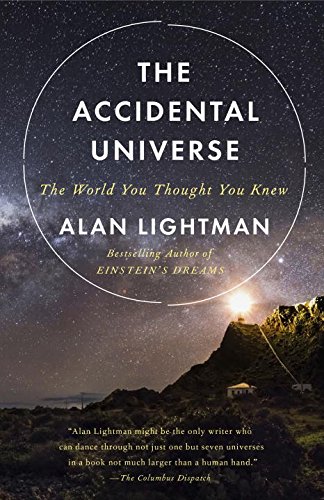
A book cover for The Accidental Universe: The World You Thought You Knew; Alan Lightman; Science & Math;